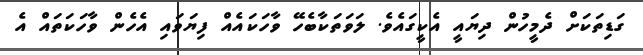
ގަޑިތަކަށް ދެމީހުން ދިޔައީ އެކީގައެވެ. ލަވަތަކާބެހޭ ވާހަކައެއް ފިޔަވައި އެހެން ވާހަކަތައް އެ